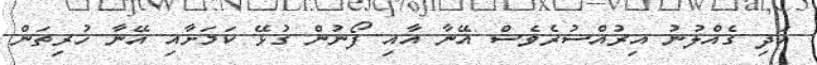
އަދި ގެއްލުނު އިރުއްސުރެވެސް އޭނާ އާއި ފޯނުން ގުޅޭ ކަމަށާއި އޭނާ ހުރިތަން